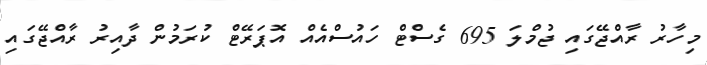
މިހާރު ރާއްޖޭގައި ޖުމްލަ 695 ގެސްޓް ހައުސްއެއް އޮޕަރޭޓް ކުރަމުން ދާއިރު ރާއްޖޭގައި